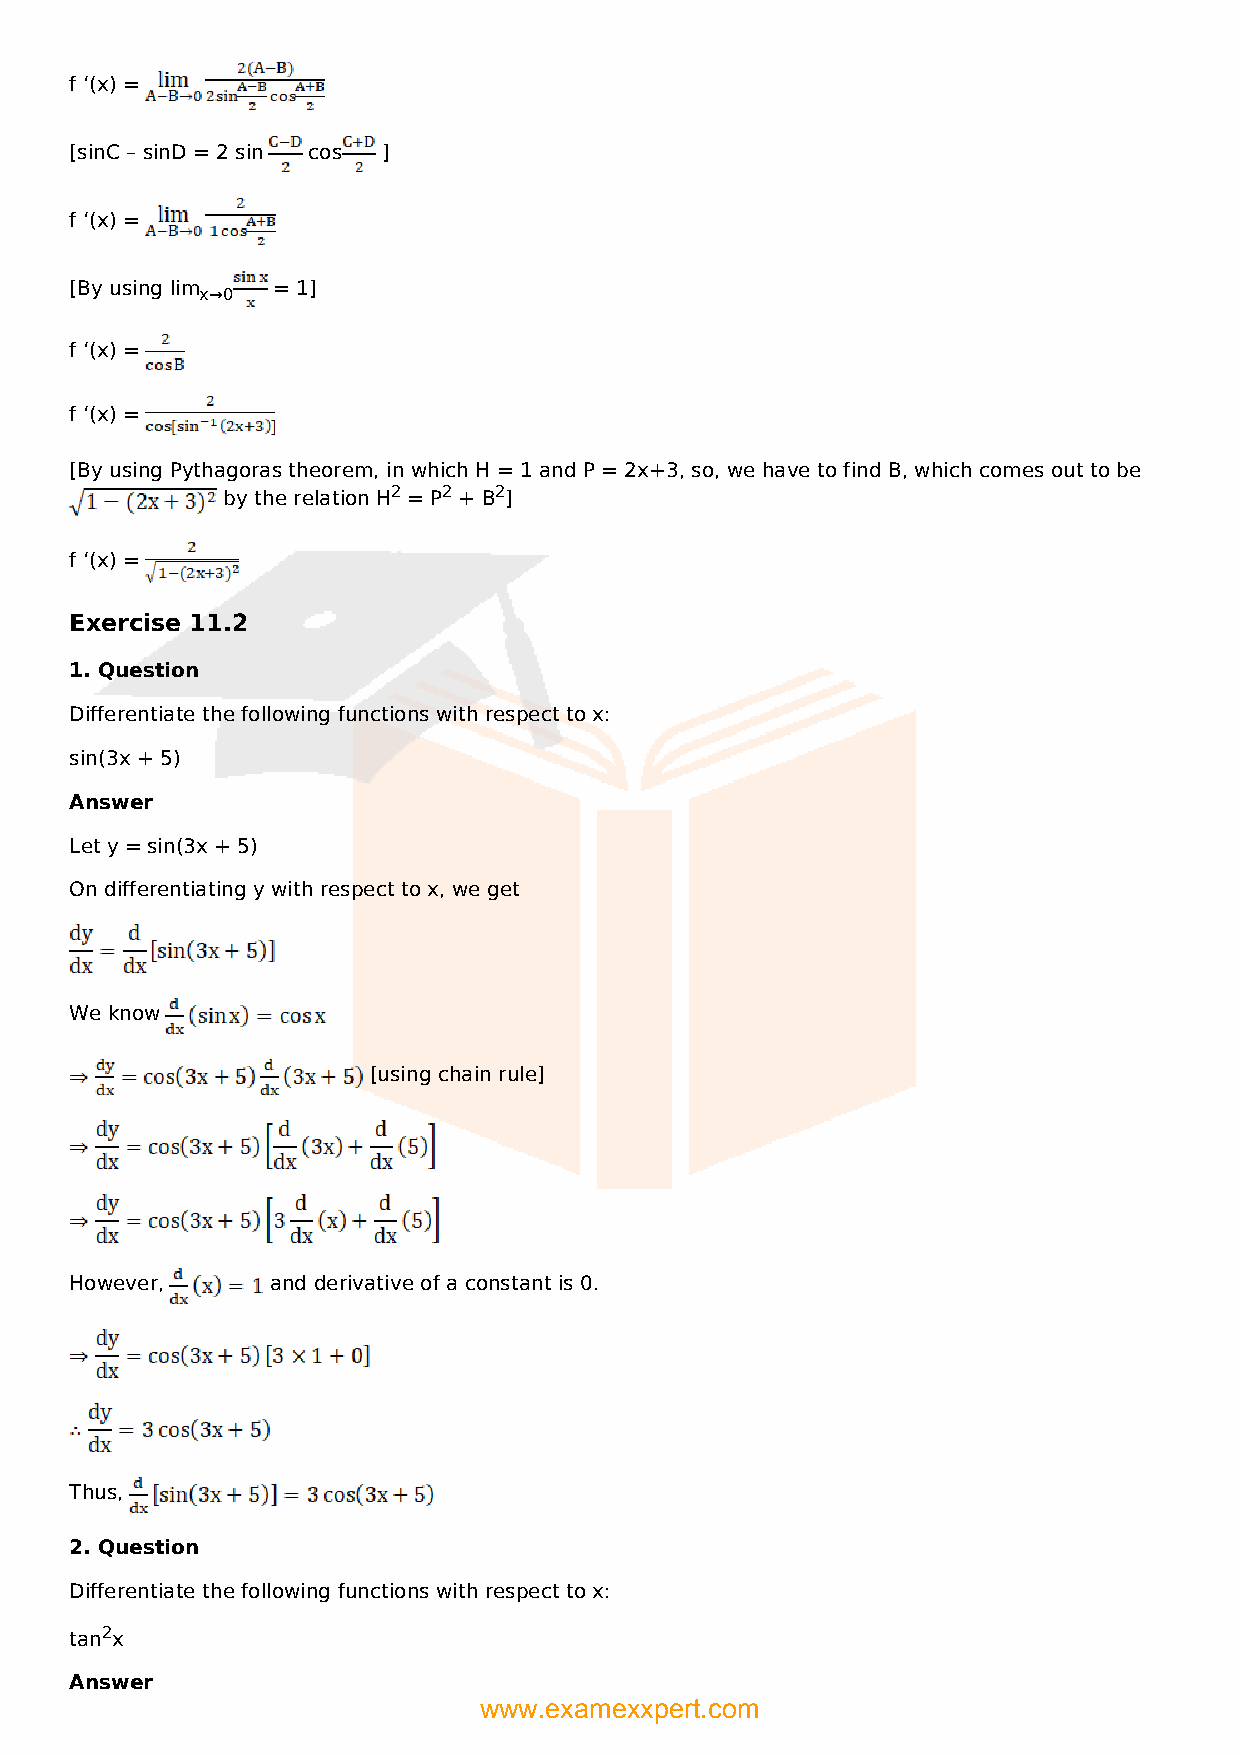
f ‘(x) =
 [sinC – sinD = 2 sin cos ]
 f ‘(x) =
 [By using lim = 1]
 x→0
 f ‘(x) =
 f ‘(x) =
 [By using Pythagoras theorem, in which H = 1 and P = 2x+3, so, we have to find B, which comes out to be
 by the relation H2 = P2 + B2]
 f ‘(x) =
 Exercise 11.2
 1. Question
 Differentiate the following functions with respect to x:
 sin(3x + 5)
 Answer
 Let y = sin(3x + 5)
 On differentiating y with respect to x, we get
 We know
 [using chain rule]
 However,     and derivative of a constant is 0.
 Thus,
 2. Question
 Differentiate the following functions with respect to x:
 tan2x
 Answer
 www.examexxpert.com